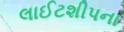
લાઈટશીપના